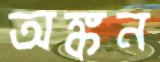
অঙ্কন